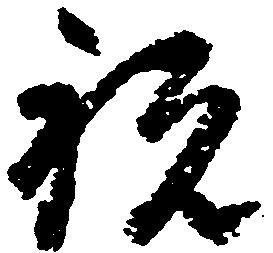
祝